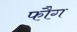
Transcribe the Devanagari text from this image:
फौग